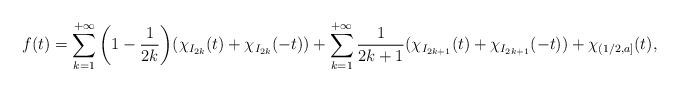
LaTeX: \begin{align*}f(t)=\sum_{k=1}^{+\infty}\bigg(1-\frac{1}{2k}\bigg)(\chi_{I_{2k}}(t)+\chi_{I_{2k}}(-t))+\sum_{k=1}^{+\infty}\frac{1}{2k+1}(\chi_{I_{2k+1}}(t)+\chi_{I_{2k+1}}(-t))+\chi_{(1/2,a]}(t),\end{align*}